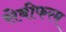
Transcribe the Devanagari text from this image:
सेबीफरम